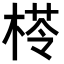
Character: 𣕵